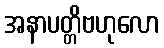
အနာပတ္တိဗဟုလော